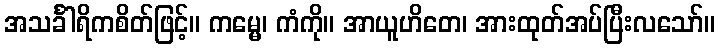
အသင်္ခါရိကစိတ်ဖြင့်။ ကမ္မေ၊ ကံကို။ အာယူဟိတေ၊ အားထုတ်အပ်ပြီးလသော်။